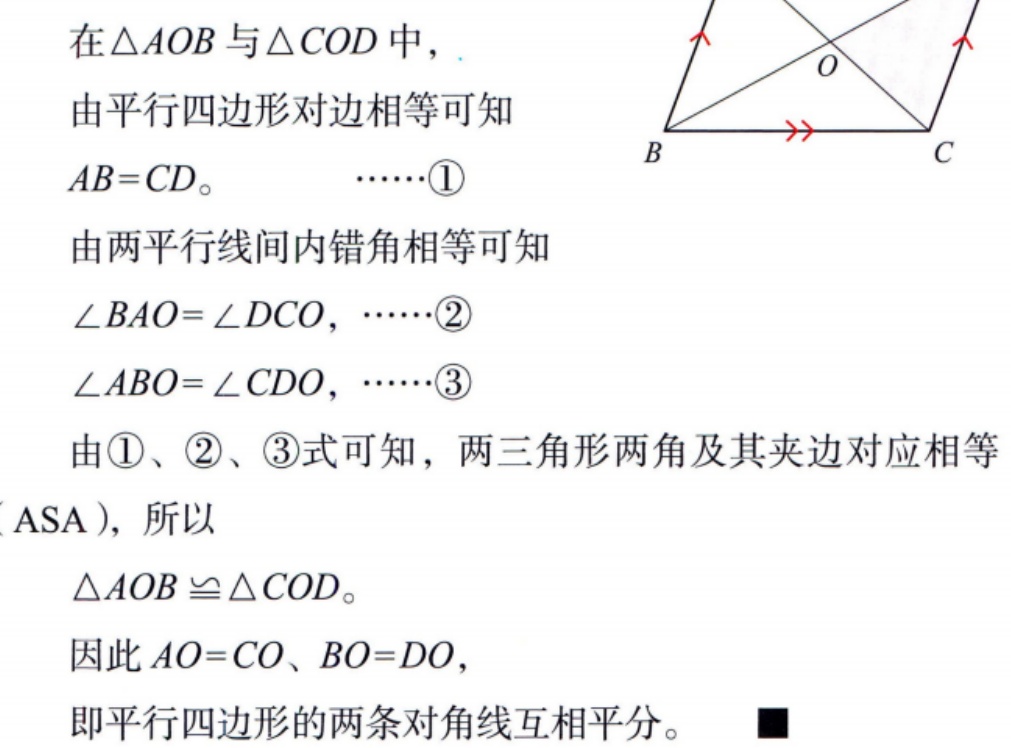
在\(\triangle AOB\)与\(\triangle COD\)中，

由平行四边形对边相等可知

\(AB = CD\)。  \(\cdots\cdots\)\textcircled{1}

由两平行线间内错角相等可知

\(\angle BAO=\angle DCO\)，\(\cdots\cdots\)\textcircled{2}

\(\angle ABO=\angle CDO\)，\(\cdots\cdots\)\textcircled{3}

由\textcircled{1}、\textcircled{2}、\textcircled{3}式可知，两三角形两角及其夹边对应相等

（\(ASA\)），所以

\(\triangle AOB\cong\triangle COD\)。

因此\(AO = CO\)、\(BO = DO\)，

即平行四边形的两条对角线互相平分。